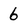
Character: 6